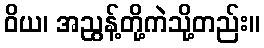
ဝိယ၊ အညွန့်တို့ကဲသို့တည်း။